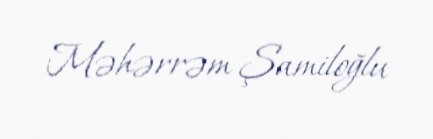
Məhərrəm Şamiloğlu